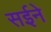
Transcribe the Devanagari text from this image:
सईने